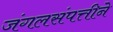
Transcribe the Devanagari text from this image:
जंगलसंपत्तीने